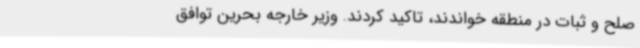
صلح و ثبات در منطقه خواندند،‌ تاکید کردند. وزیر خارجه بحرین توافق